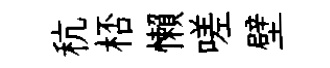
秔桮懶嗟壁